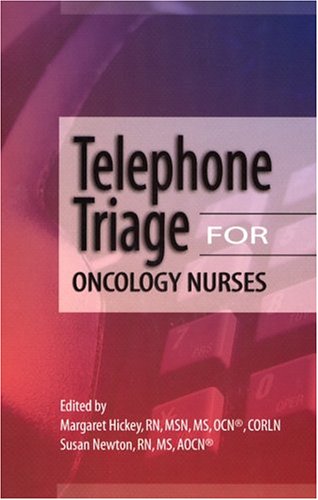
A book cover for Telephone Triage for Oncology Nurses; Margaret Hickey; Medical Books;